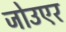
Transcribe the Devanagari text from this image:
जोउएर